Lunatic asylums Madras 1877-1891 - 1877-1891
Year: 1877
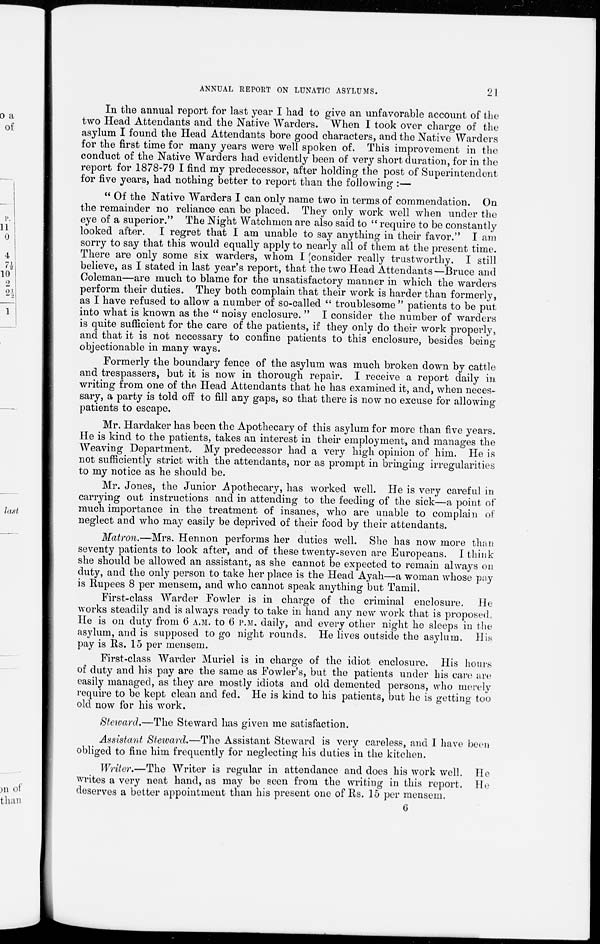
21
ANNUAL REPORT ON LUNATIC ASYLUMS.
In the annual report for last year I had to give an unfavorable account of the
two Head Attendants and the Native Warders. When I took over charge of the
asylum I found the Head Attendants bore good characters, and the Native Warders
for the first time for many years were well spoken of. This improvement in the
conduct of the Native Warders had evidently been of very short duration, for in the
report for 1878-79 I find my predecessor, after holding the post of Superintendent
for five years, had nothing better to report than the following :—
" Of the Native Warders I can only name two in terms of commendation. On
the remainder no reliance can be placed. They only work well when under the
eye of a superior." The Night Watchmen are also said to " require to be constantly
looked after. I regret that I am unable to say anything in their favor." I am
sorry to say that this would equally apply to nearly all of them at the present time.
There are only some six warders, whom I consider really trustworthy. I still
believe, as I stated in last year's report, that the two Head Attendants—Bruce and
Coleman—are much to blame for the unsatisfactory manner in which the warders
perform their duties. They both complain that their work is harder than formerly,
as I have refused to allow a number of so-called " troublesome " patients to be put
into what is known as the " noisy enclosure. " I consider the number of warders
is quite sufficient for the care of the patients, if they only do their work properly,
and that it is not necessary to confine patients to this enclosure, besides being
objectionable in many ways.
Formerly the boundary fence of the asylum was much broken down by cattle
and trespassers, but it is now in thorough repair. I receive a report daily in
writing from one of the Head Attendants that he has examined it, and, when neces-
sary, a party is told off to fill any gaps, so that there is now no excuse for allowing
patients to escape.
Mr. Hardaker has been the Apothecary of this asylum for more than five years.
He is kind to the patients, takes an interest in their employment, and manages the
Weaving Department. My predecessor had a very high opinion of him. He is
not sufficiently strict with the attendants, nor as prompt in bringing irregularities
to my notice as he should be.
Mr. Jones, the Junior Apothecary, has worked well. He is very careful in
carrying out instructions and in attending to the feeding of the sick—a point of
much importance in the treatment of insanes, who are unable to complain of
neglect and who may easily be deprived of their food by their attendants.
Matron.—Mrs. Hennon performs her duties well. She has now more than
seventy patients to look after, and of these twenty-seven are Europeans. I think
she should be allowed an assistant, as she cannot be expected to remain always on
duty, and the only person to take her place is the Head Ayah—a woman whose pay
is Rupees 8 per mensem, and who cannot speak anything but Tamil.
First-class Warder Fowler is in charge of the criminal enclosure. He
works steadily and is always ready to take in hand any new work that is proposed.
He is on duty from 6 A.M. to 6 P.M. daily, and every other night he sleeps in the
asylum, and is supposed to go night rounds. He lives outside the asylum. His
pay is Rs. 15 per mensem.
First-class Warder Muriel is in charge of the idiot enclosure. His hours
of duty and his pay are the same as Fowler's, but the patients under his care are
easily managed, as they are mostly idiots and old demented persons, who merely
require to be kept clean and fed. He is kind to his patients, but he is getting too
old now for his work.
Steward.—The Steward has given me satisfaction.
Assistant Steward.—The Assistant Steward is very careless, and I have been
obliged to fine him frequently for neglecting his duties in the kitchen.
Writer.—The Writer is regular in attendance and does his work well. He
writes a very neat hand, as may be seen from the writing in this report. He
deserves a better appointment than his present one of Rs. 15 per mensem.
6